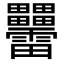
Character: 𤴑